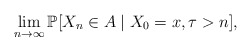
\begin{align*} \lim_{n\to \infty } \mathbb P[X_n \in A \mid X_0 = x, \tau >n],\end{align*}